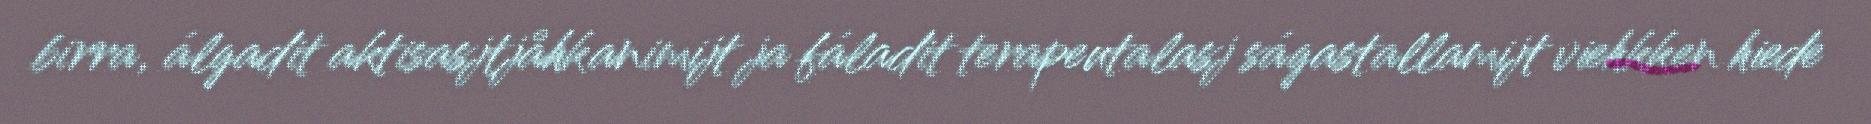
birra, álgadit aktisasjtjåhkanimijt ja fáladit terapeutalasj ságastallamijt viehkken hiede